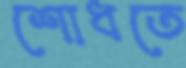
শোধতে